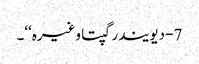
7- دیویندر گپتا وغیرہ‘‘۔